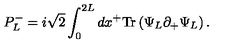
P _ { L } ^ { - } = { i \sqrt { 2 } } \int _ { 0 } ^ { 2 L } d x ^ { + } \mathrm { T r } \left( \Psi _ { L } \partial _ { + } \Psi _ { L } \right) .